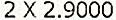
2 X 2.9000